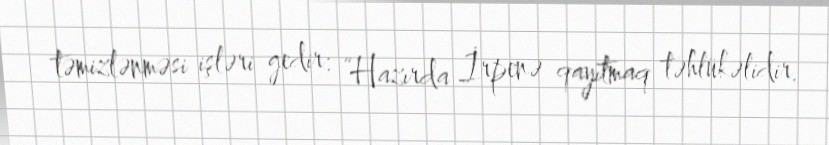
təmizlənməsi işləri gedir: “Hazırda İrpenə qayıtmaq təhlükəlidir.